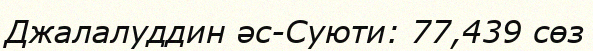
Джалалуддин әс-Суюти: 77,439 сөз